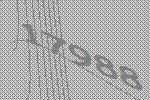
17988